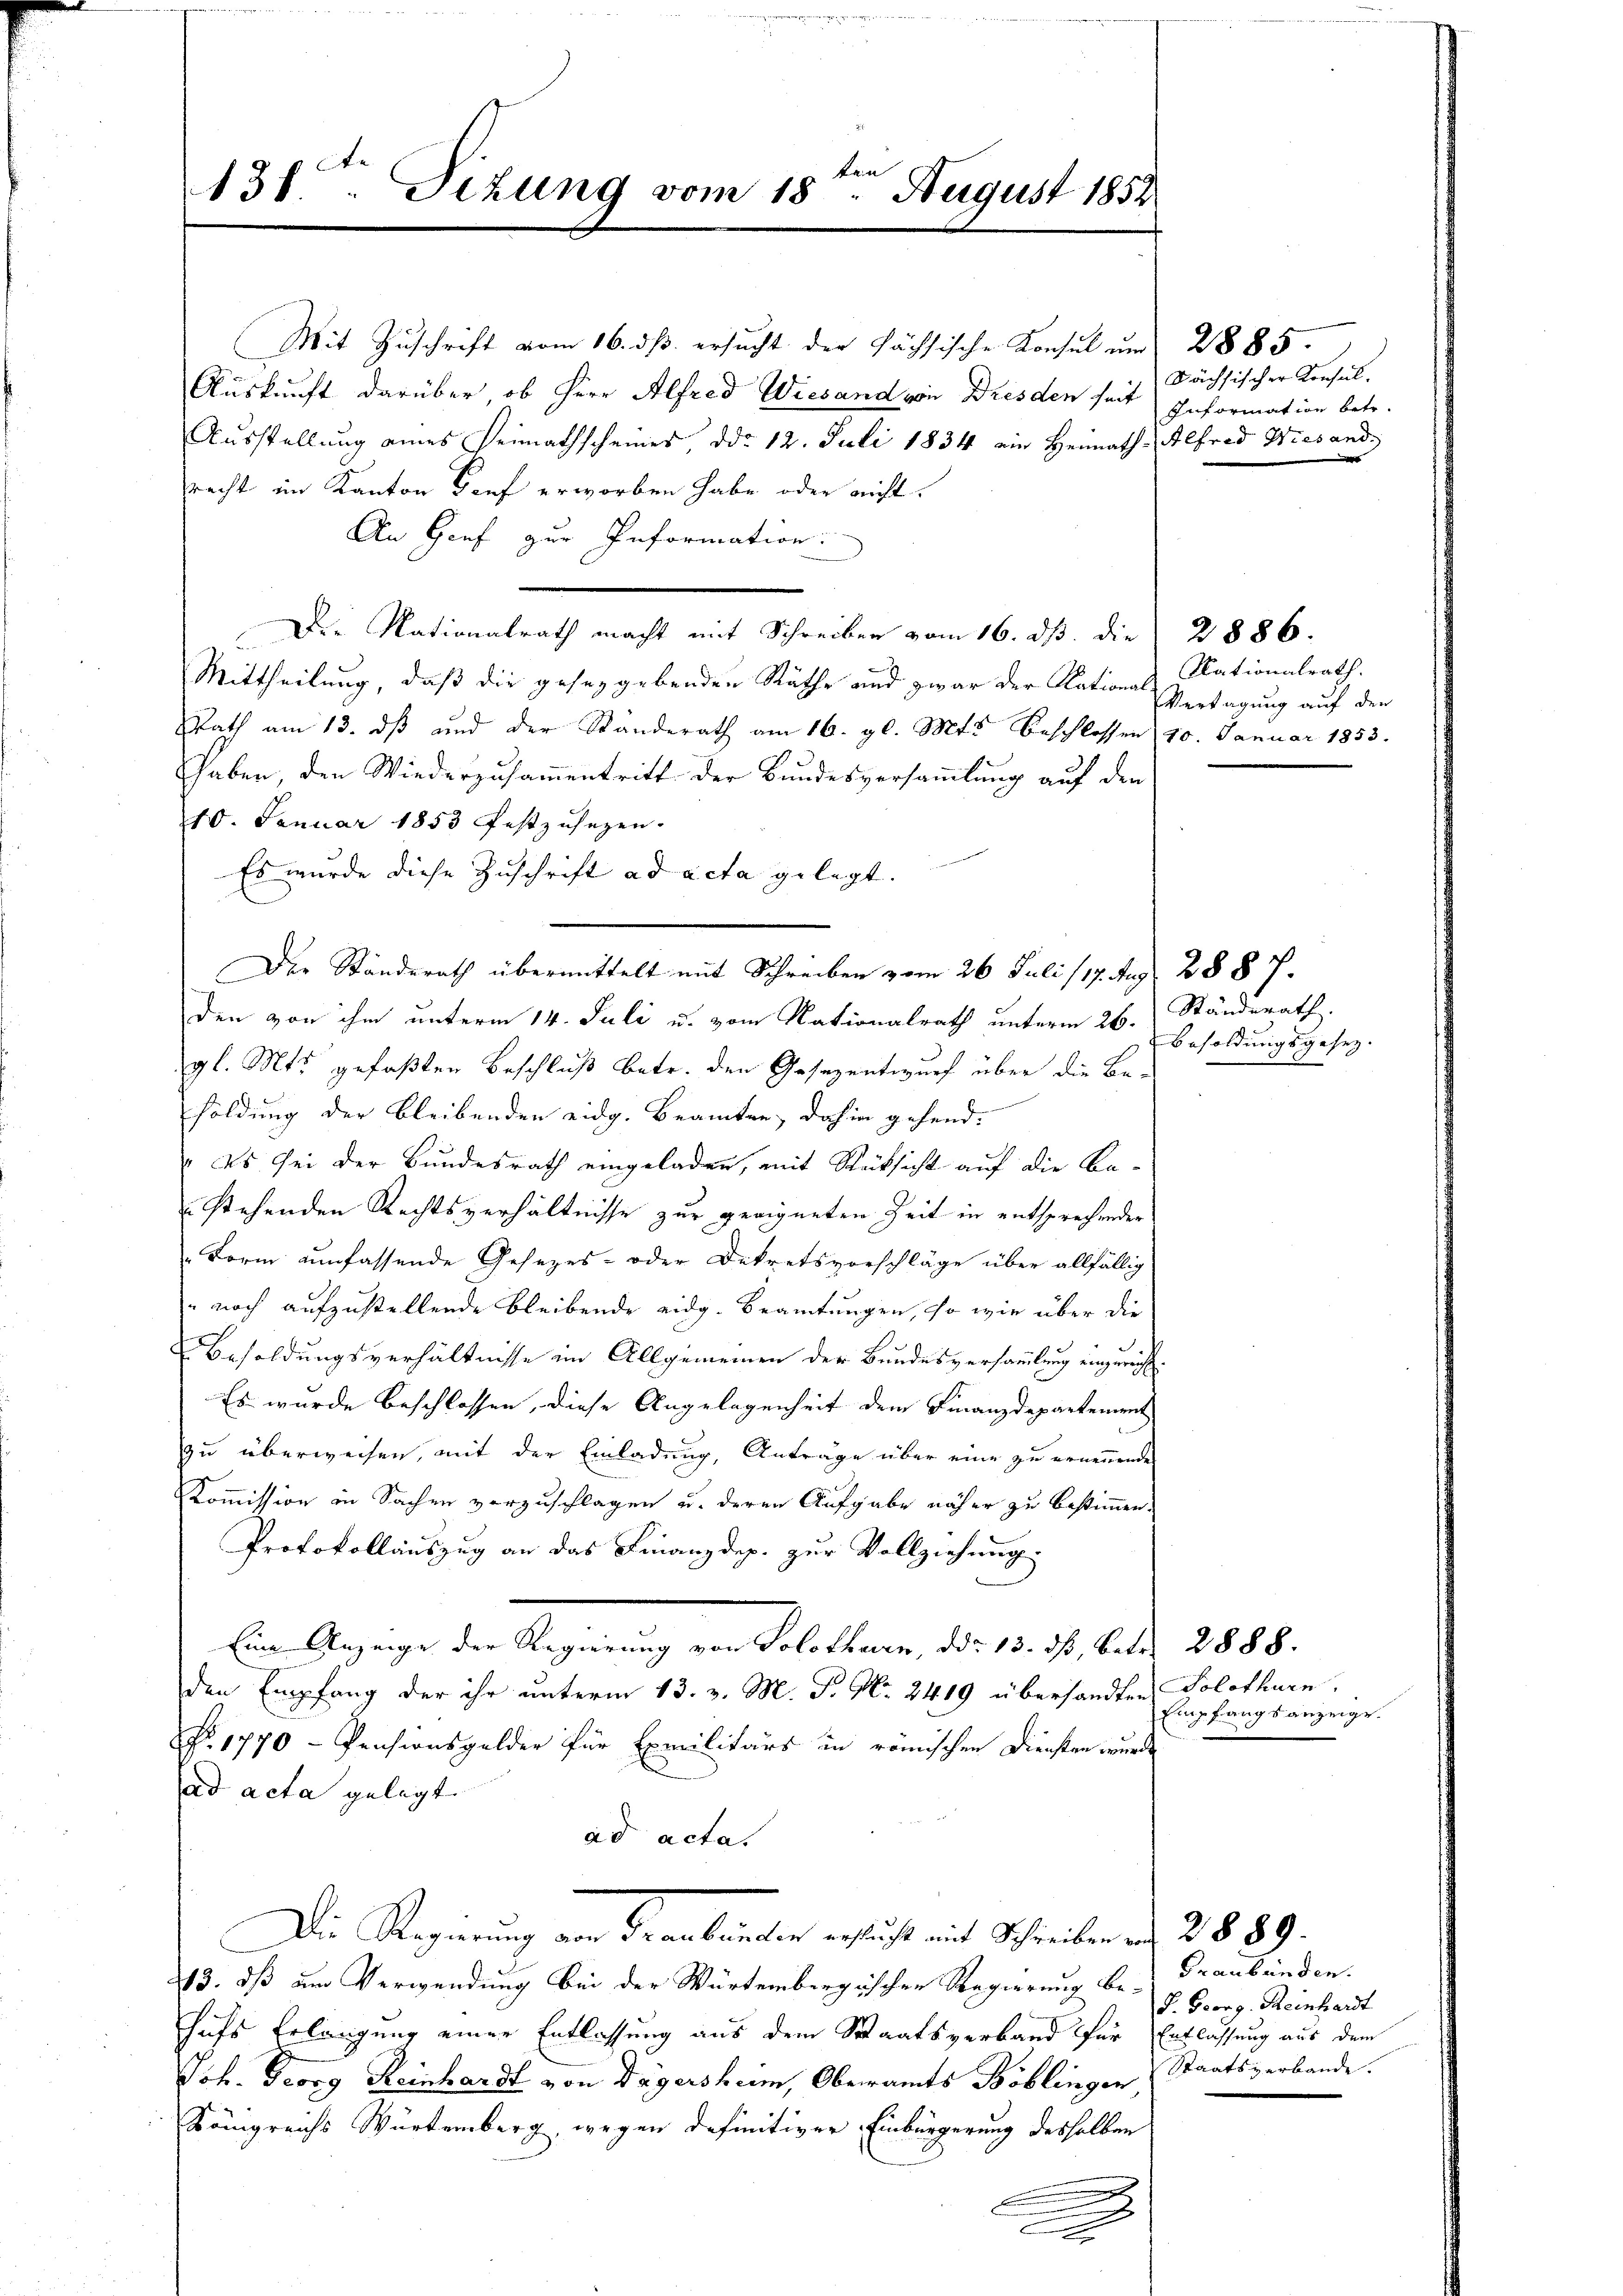
31t Sizung vom 18. August 1852

Mit Zuschrift vom 16. ds. ersucht der Fächsische Konsul um 2885.
Auskunft darüber ob Herr Alfred Wiesand von Dresden seit
Ausstellung eines Heimathscheines ddo 12. Juli 1834 ein Heimath Alfred Wiesand
racht im Kanton Genf erworben habe oder nicht
An Genf zur Information.
Die Nationalrath macht mit Schreiber vom 16. ds. die 2886.
Mittheilung, daß die gesezgebenden Räthe und zwar der Nations Nationalrath.
Rath am 13. ds und der Standerath am 16. gl. Mts. beschlossen 10. Januar 1853.
Haber, den Wiederzusammentritt der Bundesversammlung auf den
210. Januar 1853 festzusezen.
Es wurde diese Zuschrift ad acta gelegt.
den von ihm unterm 14. Juli u. vom Nationalrath unterm 26. Ständerath,
gl. Mts. gefaßten Beschluß betr. den Gesezentwurf über die Befoldung der bleibenden eidg. Beamten, dahin gehend.
Es sei der Bundesrath eingeladen, mit Rücksicht auf die Bastehenden Rechtsverhältnisse zur geeigneten Zeit in entsprechender
Form umfassende Gesezes- oder Dekretsvorschläge über allfällig
" noch aufzustellende bleibende eidg. Beamtungen, so wie über die
Besoldungsverhältnisse im Allgemeinen der Bundesversammlung einzuricht.
Es wurde beschlossen, diese Angelegenheit dem Finanzdepartement
zu überweisen, mit der Einladung, Anträge über eine zu ernennende
Kommission in Sachen vorzuschlagen u. deren Aufgabe näher zu bestimmen.
Protokollauszug an das Finanzdep. zur Vollziehung.
Ein Anzeige der Regierung von Solothurn, das 13. ds., betr. 2888.
den Empfang der ihr unterm 13. v. M. P. Nr. 2419 übersandten
NNo. 1770 - Pensionsgelder für Exmilitärs in römischen Diensten wurde
ad acta gelegt.
ad acta.
Die Regierung von Frankunder ersucht mit Schreiben in 2 889.
213. dß um Verwendung bei der Würtembergischen Regierung be-
hufs Erlangung einer Entlassung aus dem Staatsverband für Entlassung aus dem
Joh. Georg Reinhardt von Dägersheim, Oberamts Böblingen
Königreichs Würtemberg wegen definitiver Einbürgerung desselben
.
s
A

Der Standerath übermittelt mit Schreiben vom 26. Juli 117. Aug. 2887.

Sächsischer Konsul-
Information betr.

Vertagung auf der

Besoldungsgesez.

Solothurn.
Empfangsanzeige.

Graubünden.
S. Georg Reinhardt
Staatsverbande.